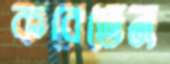
করেতেন